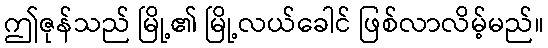
ဤဇုန်သည် မြို့၏ မြို့လယ်ခေါင် ဖြစ်လာလိမ့်မည်။